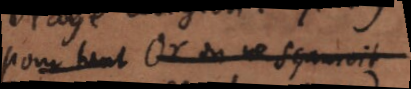
pour tant Or on ne sçauroit